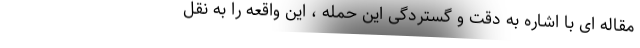
مقاله ای با اشاره به دقت و گستردگی این حمله ، این واقعه را به نقل